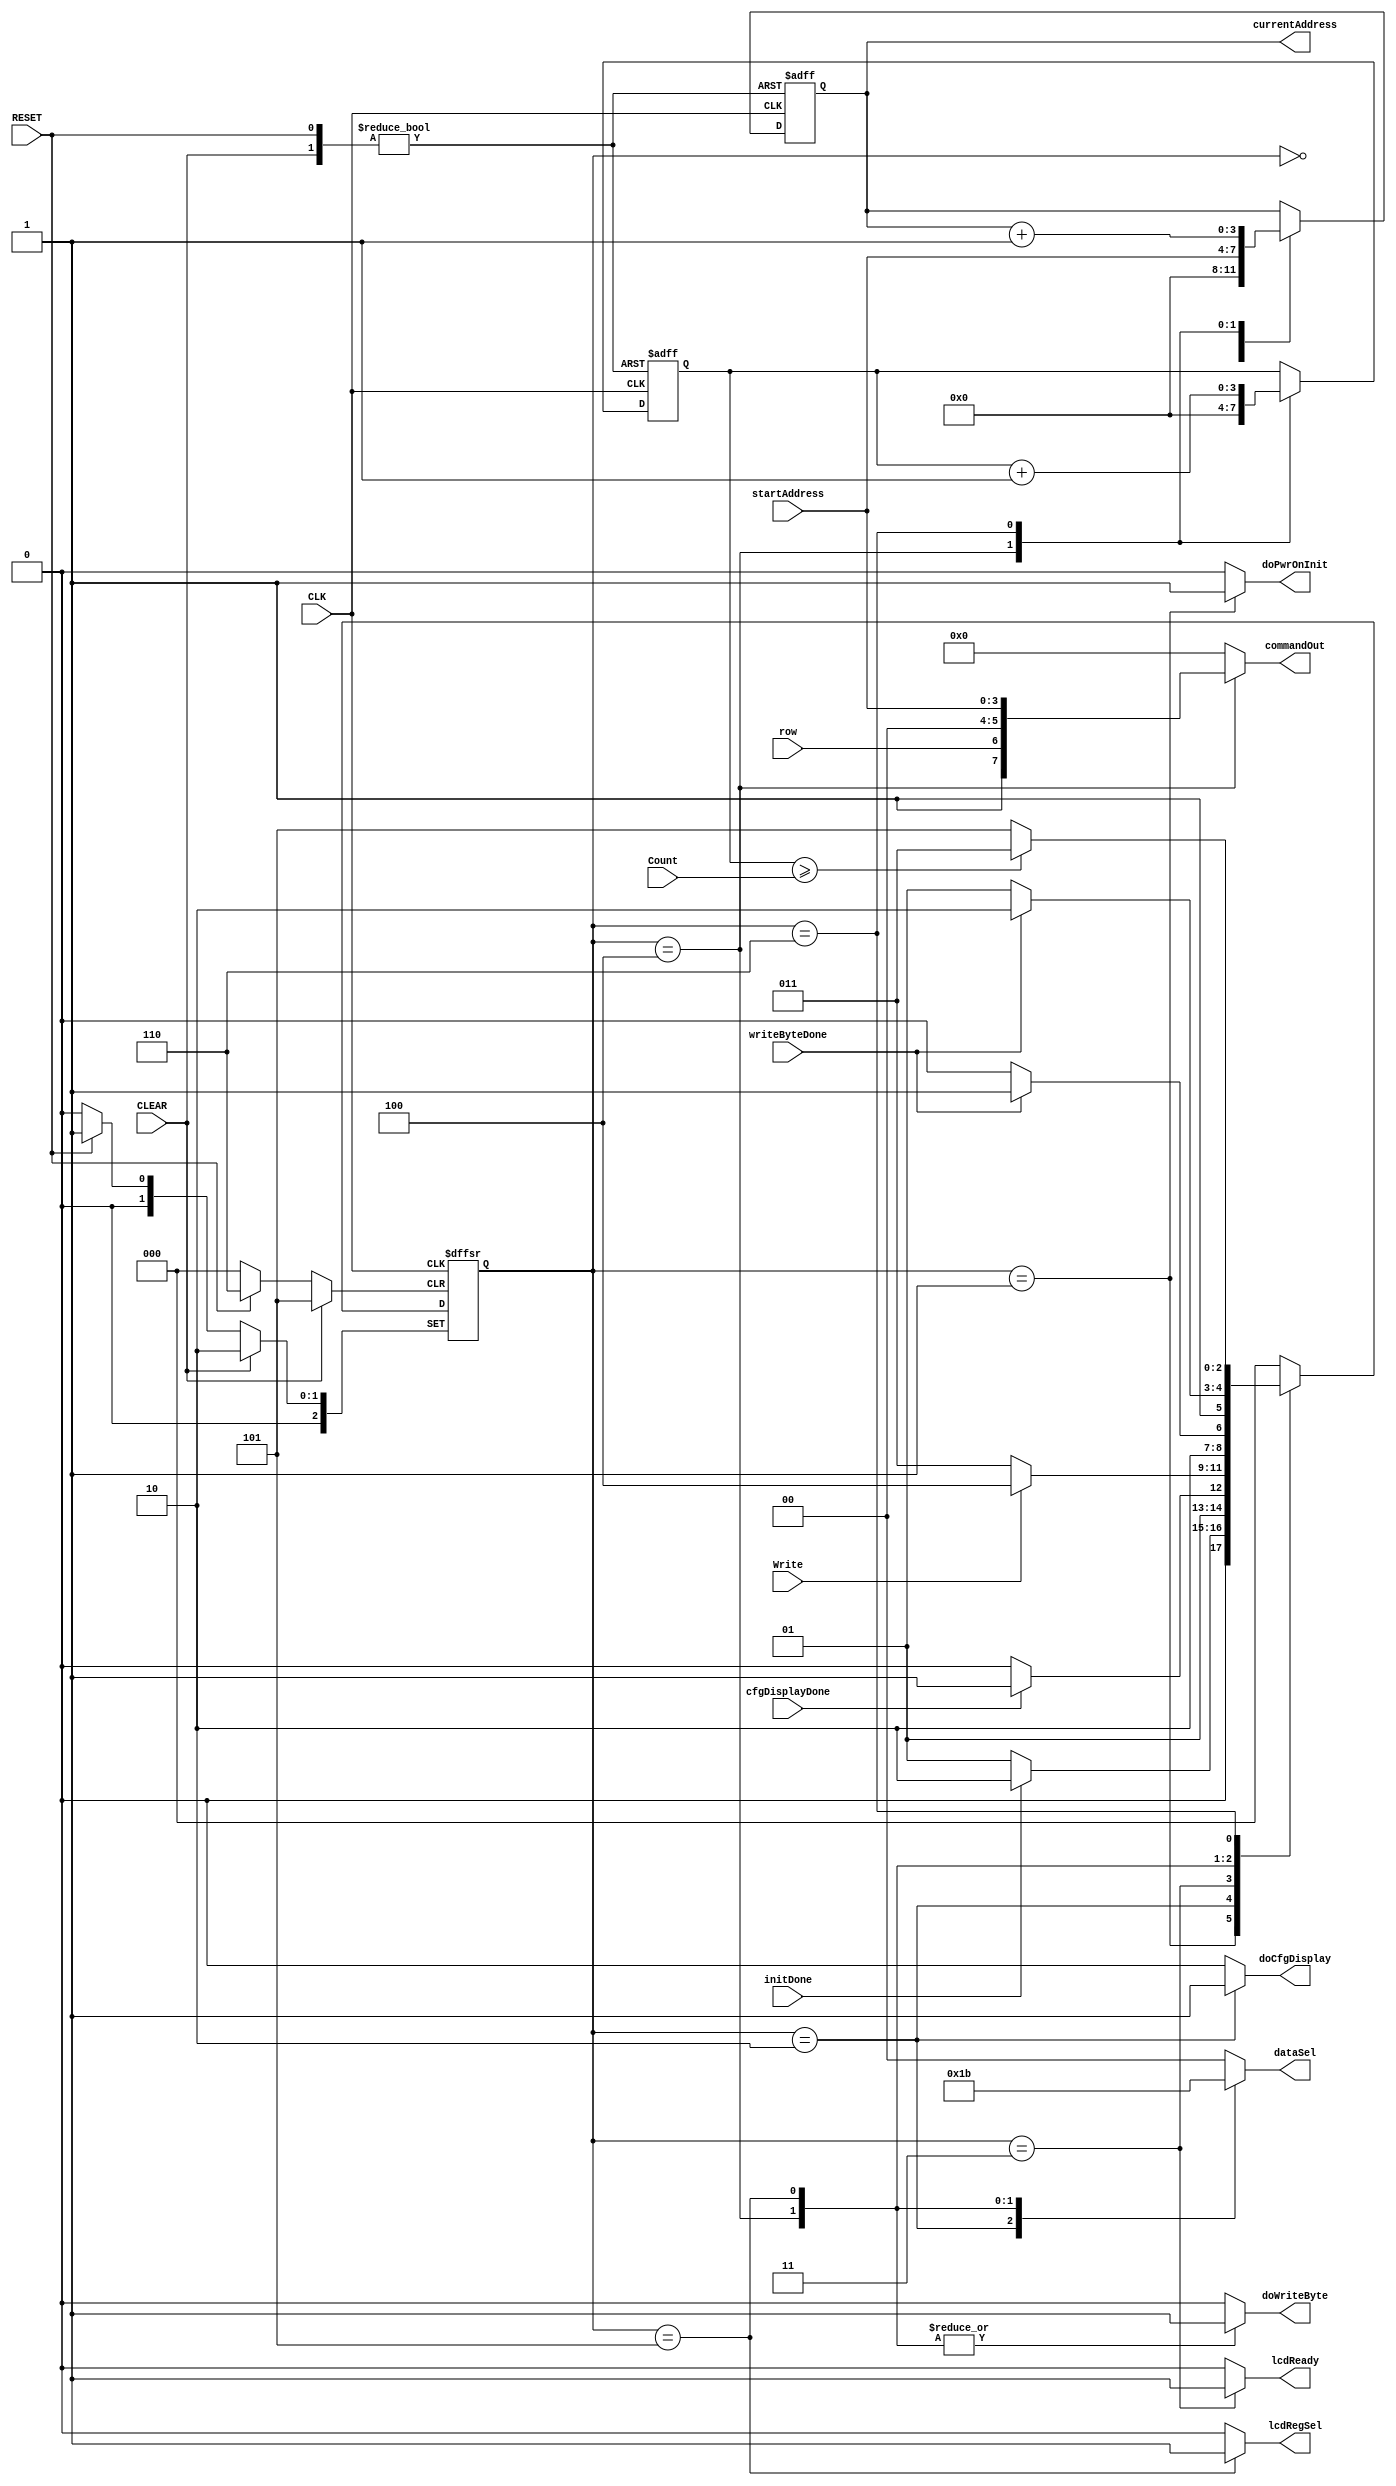
`timescale 1ns / 1ps
//////////////////////////////////////////////////////////////////////////////////
// Company: 
// Engineer: 
// 
// Design Name: 
// Module Name:    lcd_control_master 
// Project Name: 
// Target Devices: 
// Tool versions: 
// Description: 
//
// Dependencies: 
//
// Revision: 
// Revision 0.01 - File Created
// Additional Comments: 
//
//////////////////////////////////////////////////////////////////////////////////
module lcd_control_master(CLK,
                          RESET,
                          CLEAR,
                          initDone,
                          cfgDisplayDone,
                          writeByteDone,
                          Write,
                          startAddress,
                          Count,
                          row,
                          doPwrOnInit,
                          doCfgDisplay,
                          doWriteByte,
                          lcdRegSel,
                          currentAddress,
                          dataSel,
                          commandOut,
                          lcdReady
                          );

   input       CLK;
   input       RESET;
   input       CLEAR;
   input       initDone;
   input       cfgDisplayDone;
   input       writeByteDone;
   input       Write;
   input [3:0] startAddress;
   input [3:0] Count;
   input       row;
   

   output       doPwrOnInit;
   output       doCfgDisplay;
   output       doWriteByte;
   output       lcdRegSel;
   output [3:0] currentAddress;
   output [1:0] dataSel;
   output [7:0] commandOut;
   output       lcdReady;
   
   reg          doPwrOnInit;
   reg          doCfgDisplay;
   reg          doWriteByte;
   reg          lcdRegSel;
   reg [3:0]    currentAddress;
   reg [1:0]    dataSel;
   reg [7:0]    commandOut;
   reg          lcdReady;

   // state flip-flops
   reg [2:0]     current_state;
   reg [2:0]     next_state;
   reg [3:0]     n;
   reg [3:0]     next_n;
   reg [3:0]     next_address;

   // state definitions
   parameter     WAIT = 0;
   parameter     PWR_ON_INIT = 1;
   parameter     CFG_DISPLAY = 2;
   parameter     DISPATCH = 3;
   parameter     SET_ADDR = 4;
   parameter     WRITE_BYTE = 5;
   parameter     NEXT_BYTE = 6;

   // update current state
   always @ (posedge CLK, posedge RESET, posedge CLEAR)
     begin
        if (RESET)
          begin
             current_state = PWR_ON_INIT;
             currentAddress = 4'b0000;
             n = 4'b0000;
          end
        else if (CLEAR)
          begin
             current_state = CFG_DISPLAY;
             currentAddress = 4'b0000;
             n = 4'b0000;
          end
        else
          begin
             current_state = next_state;
             currentAddress = next_address;
             n = next_n;
          end
     end

   // Output signals
   always @ (current_state, startAddress, currentAddress, n, row)
     begin
        doPwrOnInit = 0;
        doCfgDisplay = 0;
        doWriteByte = 0;
        lcdReady = 0;
        dataSel = 2'b00;
        lcdRegSel = 0;
        next_address = currentAddress;
        next_n = n;
        commandOut = 8'b00000000;

        case (current_state)

          WAIT:
            begin
               next_address = 4'b0000;
            end

          PWR_ON_INIT:
            begin
               doPwrOnInit = 1;
               dataSel = 2'b00;
            end

          CFG_DISPLAY:
            begin
               doCfgDisplay = 1;
               dataSel = 2'b01;
            end

          DISPATCH:
            begin
               lcdReady = 1;
            end

          SET_ADDR:
            begin
               doWriteByte = 1;
               lcdRegSel = 0;
               next_address = startAddress;
               next_n = 0;
               dataSel = 2'b10;
               commandOut = {1'b1, row, 2'b00, startAddress};
            end

          WRITE_BYTE:
            begin
               doWriteByte = 1;
               lcdRegSel = 1;
               dataSel = 2'b11;
            end
          
          NEXT_BYTE:
            begin
               next_address = currentAddress+1;
               next_n = n+1;
            end
          
          default:
            begin
            end

        endcase
     end

   // Next state
   always @ (current_state, initDone, cfgDisplayDone, Write, writeByteDone, n, Count)
     begin
        case (current_state)

          WAIT:
            begin
                 next_state = WAIT;
            end

          PWR_ON_INIT:
            begin
               if (initDone)
                 next_state = CFG_DISPLAY;
               else
                 next_state = PWR_ON_INIT;
            end

          CFG_DISPLAY:
            begin
               if (cfgDisplayDone)
                 next_state = DISPATCH;
               else
                 next_state = CFG_DISPLAY;
            end

          DISPATCH:
            begin
               if (Write)
                 next_state = SET_ADDR;
               else
                 next_state = DISPATCH;
            end

          SET_ADDR:
            begin
               if (writeByteDone)
                 next_state = WRITE_BYTE;
               else
                 next_state = SET_ADDR;
            end

          WRITE_BYTE:
            begin
               if (writeByteDone)
                 next_state = NEXT_BYTE;
               else
                 next_state = WRITE_BYTE;
            end
          
          NEXT_BYTE:
            begin
               if (n >= Count)
                 next_state = DISPATCH;
               else
                 next_state = WRITE_BYTE;
            end
          
          default:
            begin
                 next_state = WAIT;
            end

        endcase
     end
endmodule